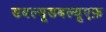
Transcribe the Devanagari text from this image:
डबल्यूडबल्यूएफ़